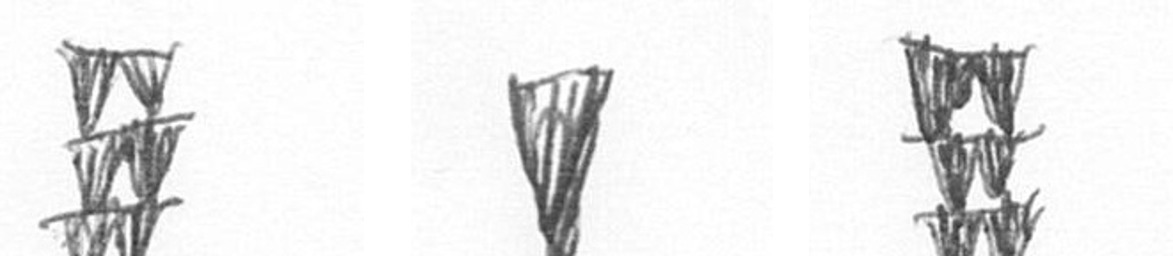
Y J Y